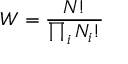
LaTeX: W = { \frac { N ! } { \prod _ { i } N _ { i } ! } }